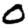
Digit: 0